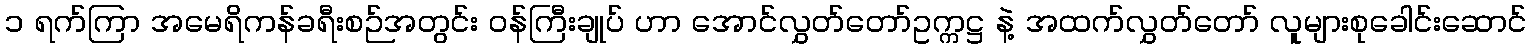
၁ ရက်ကြာ အမေရိကန်ခရီးစဉ်အတွင်း ဝန်ကြီးချုပ် ဟာ အောင်လွှတ်တော်ဥက္ကဋ္ဌ နဲ့ အထက်လွှတ်တော် လူများစုခေါင်းဆောင်